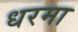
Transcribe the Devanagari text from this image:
धरमा